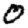
Digit: 0